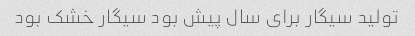
تولید سیگار برای سال‌ پیش بود سیگار خشک بود